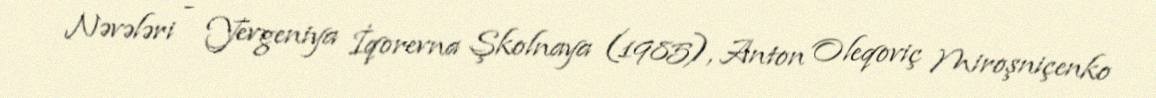
Nəvələri - Yevgeniya İqorevna Şkolnaya (1985), Anton Oleqoviç Miroşniçenko